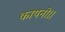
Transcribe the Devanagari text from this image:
कायनो।।